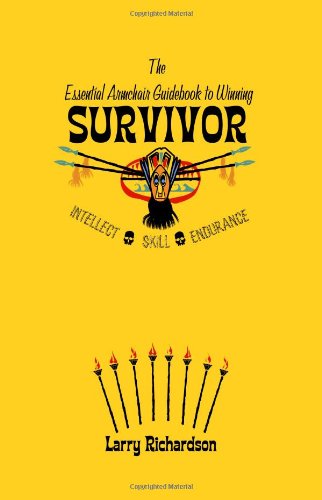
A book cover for The Essential Armchair Guide to Winning Survivor; Larry Richardson; Humor & Entertainment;